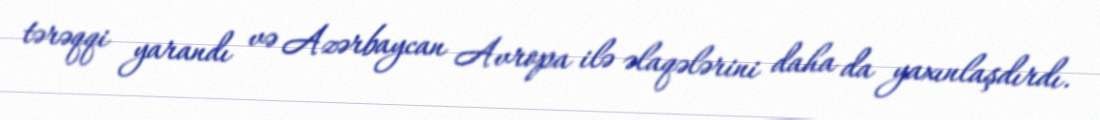
tərəqqi yarandı və Azərbaycan Avropa ilə əlaqələrini daha da yaxınlaşdırdı.